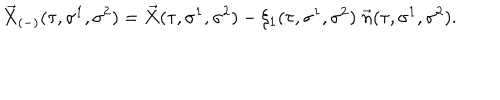
LaTeX: \vec { X } _ { ( - ) } ( \tau , \sigma ^ { 1 } , \sigma ^ { 2 } ) = \vec { X } ( \tau , \sigma ^ { 1 } , \sigma ^ { 2 } ) - \xi _ { 1 } ( \tau , \sigma ^ { 1 } , \sigma ^ { 2 } ) \; \vec { n } ( \tau , \sigma ^ { 1 } , \sigma ^ { 2 } ) .